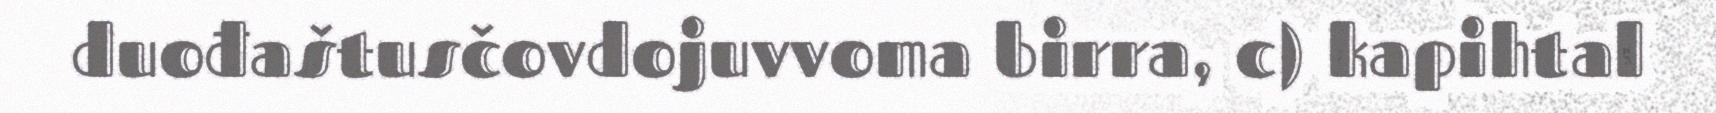
duođaštusčovdojuvvoma birra, c) kapihtal